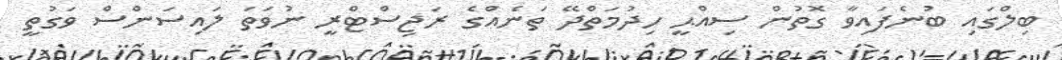
ބިލްގައި ބުނެފައިވާ ގޮތުން ސިއްޙީ ހިދުމަތްދޭ ތަނެއްގެ ރަޖިސްޓްރީ ނުވަތަ ލައިސަންސް ވަގުތީ